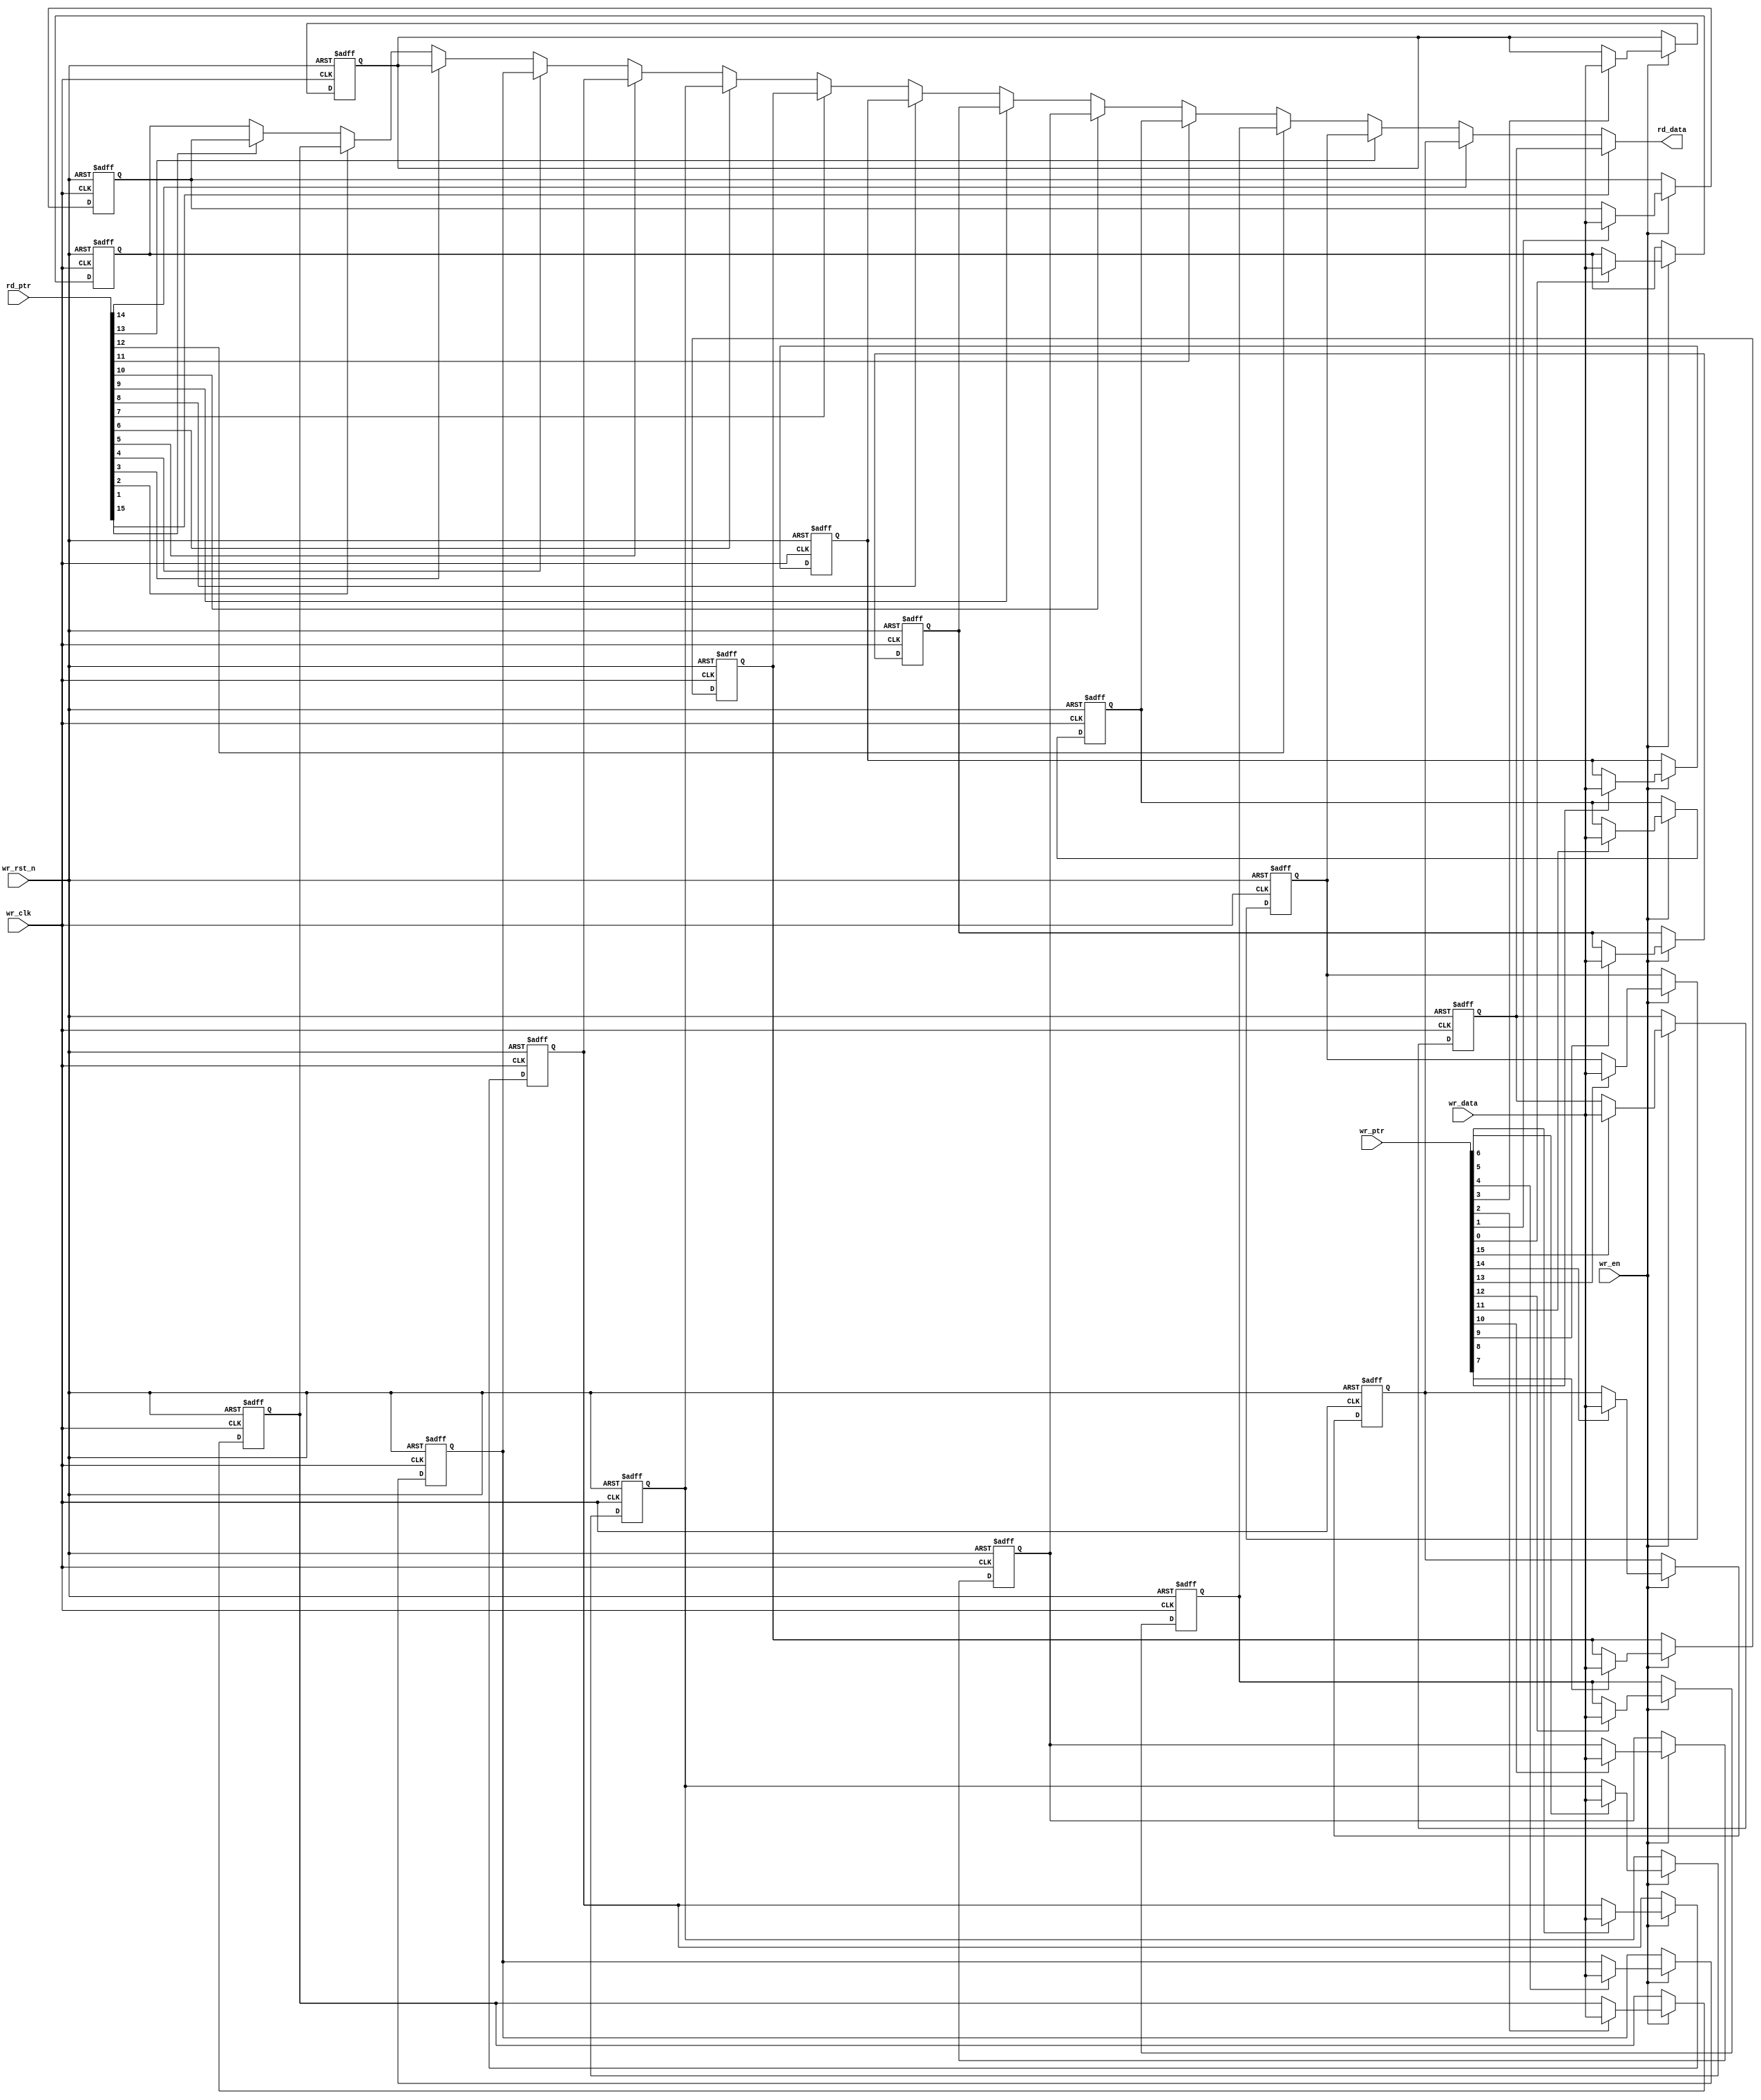
// SPDX-License-Identifier: Apache-2.0
// Copyright (C) 2019 Intel Corporation. 
module aib_adaptrxdp_fifo_ram
  #(
    parameter DWIDTH = 'd80,             // FIFO Input data width 
    parameter DEPTH  = 'd16              // FIFO Depth 
    )
(
    input  wire                wr_clk,     // Write Domain Clock
    input  wire		       wr_rst_n,   // Write Domain Reset 
    input  wire                wr_en,      // Write Data Enable
    input  wire [DEPTH-1:0]    wr_ptr,     // Write Pointer
    input  wire [DWIDTH*4-1:0] wr_data,    // Write Data In
    input  wire [DEPTH-1:0]    rd_ptr,     // Read Pointer
    output reg  [DWIDTH*4-1:0] rd_data   // Read Data

);

   //********************************************************************
   // Infer Memory or use Dual Port Memory from Quartus/ASIC Memory
   //********************************************************************

   wire 	[DEPTH-1:0]	rd_ptr2;   
   integer		m;
   integer		i, j;
   reg [DWIDTH*4-1:0]   fifo_mem [DEPTH-1:0];
   
   always @(negedge wr_rst_n or posedge wr_clk) begin
      if (~wr_rst_n) begin
         for (m='d0; m<=(DEPTH-1'b1); m=m+1'b1)
            fifo_mem[m] <= 'd0;	
      end 
      else if (wr_en) begin
         for (m='d0; m<=(DEPTH-1'b1); m=m+1'b1) begin
           if (wr_ptr[m]) begin
             fifo_mem[m] <= wr_data;
             end  
         end   
      end
   end

   
   always @ *
   begin: data_out 
     rd_data = fifo_mem[0];
     for (i='d0; i<=(DEPTH-1'b1); i=i+1'b1) begin
       if (rd_ptr[i]) begin
         rd_data = fifo_mem[i];
       end       
     end   
   end 
      
   
endmodule